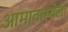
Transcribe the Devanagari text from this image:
आमावास्येला